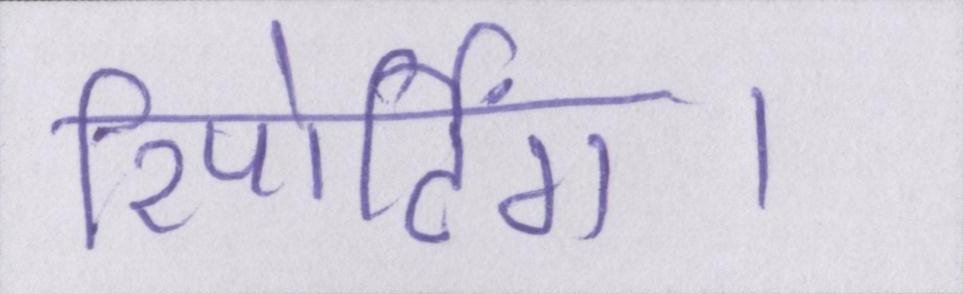
रिपोर्टिंग।